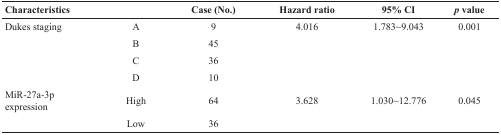
| <COLSPAN=2> Characteristics | Case (No.) | Hazard ratio | 95% CI | p value |
 | --- | --- | --- | --- | --- | --- |
 | Dukes staging | A | 9 | 4.016 | 1.783∼9.043 | 0.001 |
 |  | B | 45 |  |  |  |
 |  | C | 36 |  |  |  |
 |  | D | 10 |  |  |  |
 | MiR-27a-3p expression | High | 64 | 3.628 | 1.030∼12.776 | 0.045 |
 |  | Low | 36 |  |  |  |